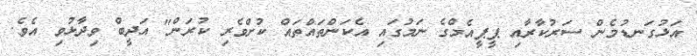
އަޅުގަނޑުމެން ސަރުކާރާއި ޕީޕީއެމްގެ ނަމުގައި އެކަންތައްތައް ކުށްވެރި ކުރަން" އަދީބް ވިދާޅުވި އެވެ.